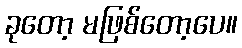
ခုတော့ မဖြစ်တော့ပေ။